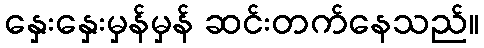
နှေးနှေးမှန်မှန် ဆင်းတက်နေသည်။